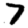
Digit: 7